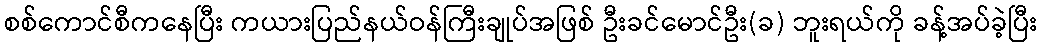
စစ်ကောင်စီကနေပြီး ကယားပြည်နယ်ဝန်ကြီးချုပ်အဖြစ် ဦးခင်မောင်ဦး(ခ) ဘူးရယ်ကို ခန့်အပ်ခဲ့ပြီး